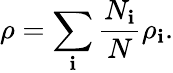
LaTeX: \rho=\sum_{\mathbf{i}}\frac{{N_{\mathbf{i}}}}{{N}}\rho_{\mathbf{i}}.